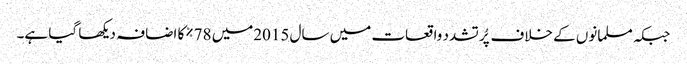
جبکہ مسلمانوں کے خلاف پُر تشدد واقعات میں سال 2015میں 78%کا اضافہ دیکھا گیا ہے۔